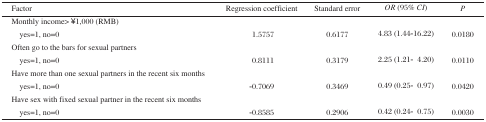
<table><thead><tr><td><b>Factor</b></td><td><b>Regression coefficient</b></td><td><b>Standard error</b></td><td><b><i>OR</i> (95% <i>CI)</i></b></td><td><b><i>P</i></b></td></tr></thead><tbody><tr><td colspan="5">Monthly income&gt; ¥1,000 (RMB)</td></tr><tr><td> yes=l, no=0</td><td>1.5757</td><td>0.6177</td><td>4.83 (1.44-16.22)</td><td>0.0180</td></tr><tr><td colspan="5">Often go to the bars for sexual partners</td></tr><tr><td> yes=l, no=0</td><td>0.8111</td><td>0.3179</td><td>2.25 (1.21- 4.20)</td><td>0.0110</td></tr><tr><td colspan="5">Have more than one sexual partners in the recent six months</td></tr><tr><td> yes=l, no=0</td><td>-0.7069</td><td>0.3469</td><td>0.49 (0.25- 0.97)</td><td>0.0420</td></tr><tr><td colspan="5">Have sex with fixed sexual partner in the recent six months</td></tr><tr><td> yes=l, no=0</td><td>-0.8585</td><td>0.2906</td><td>0.42 (0.24- 0.75)</td><td>0.0030</td></tr></tbody></table>